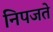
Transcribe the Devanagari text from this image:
निपजते